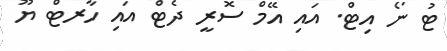
ޓު ނޯ އިޓް. އައި އޭމް ސޮރީ ދެޓް އައި ހާރޓް ޔޫ